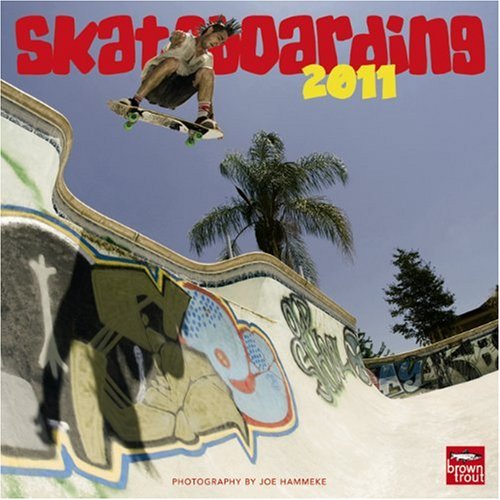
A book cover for Skateboarding 2011 Square 12X12 Wall Calendar; BrownTrout Publishers Inc; Sports & Outdoors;